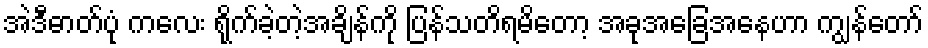
အဲဒီဓာတ်ပုံ ကလေး ရိုက်ခဲ့တဲ့အချိန်ကို ပြန်သတိရမိတော့ အခုအခြေအနေဟာ ကျွန်တော်